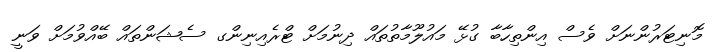
މޮނިޓަރުންނަށް ވެސް އިންތިހާބާ ގުޅޭ މައުލޫމާތުތައް ދިނުމަށް ޓްރެއިނިންގ ސެޝަންތައް ބޭއްވުމަށް ވަނީ